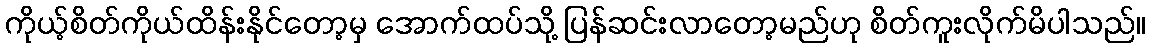
ကိုယ့်စိတ်ကိုယ်ထိန်းနိုင်တော့မှ အောက်ထပ်သို့ ပြန်ဆင်းလာတော့မည်ဟု စိတ်ကူးလိုက်မိပါသည်။